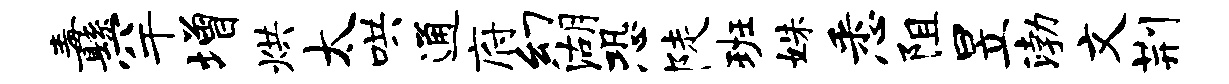
纛罕增烘太哄通府幻湖恐陡班姝悉阻昱渤文荆